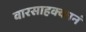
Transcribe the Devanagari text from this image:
वारसाहक्कानं